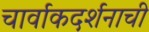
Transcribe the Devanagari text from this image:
चार्वाकदर्शनाची